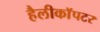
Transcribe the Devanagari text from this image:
हैलीकाॅपटर